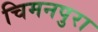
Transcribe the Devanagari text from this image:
चिमनपुरा